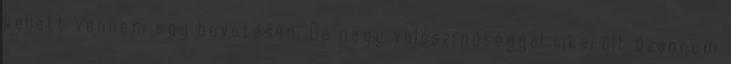
kellett vennem egy bevetésen. De nagy valószínűséggel sikerült üzennem